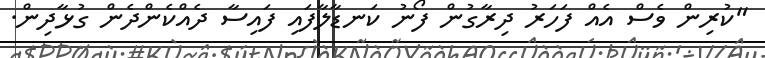
"ކުރިން ވެސް އެއް ފަހަރު ދިރާގުން ފޯނު ކަނޑާލާފައި ފައިސާ ދެއްކެންދެން ގުޅާދިން.